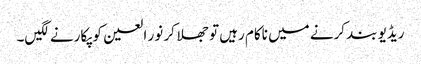
ریڈیو بند کرنے میں ناکام رہیں تو جھلا کر نور العین کو پکارنے لگیں۔